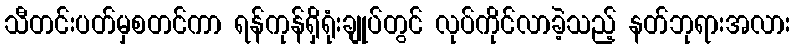
သီတင်းပတ်မှစတင်ကာ ရန်ကုန်ရှိရုံးချုပ်တွင် လုပ်ကိုင်လာခဲ့သည့် နတ်ဘုရားအလား